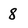
Character: 8